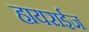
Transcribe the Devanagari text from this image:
हायराईज